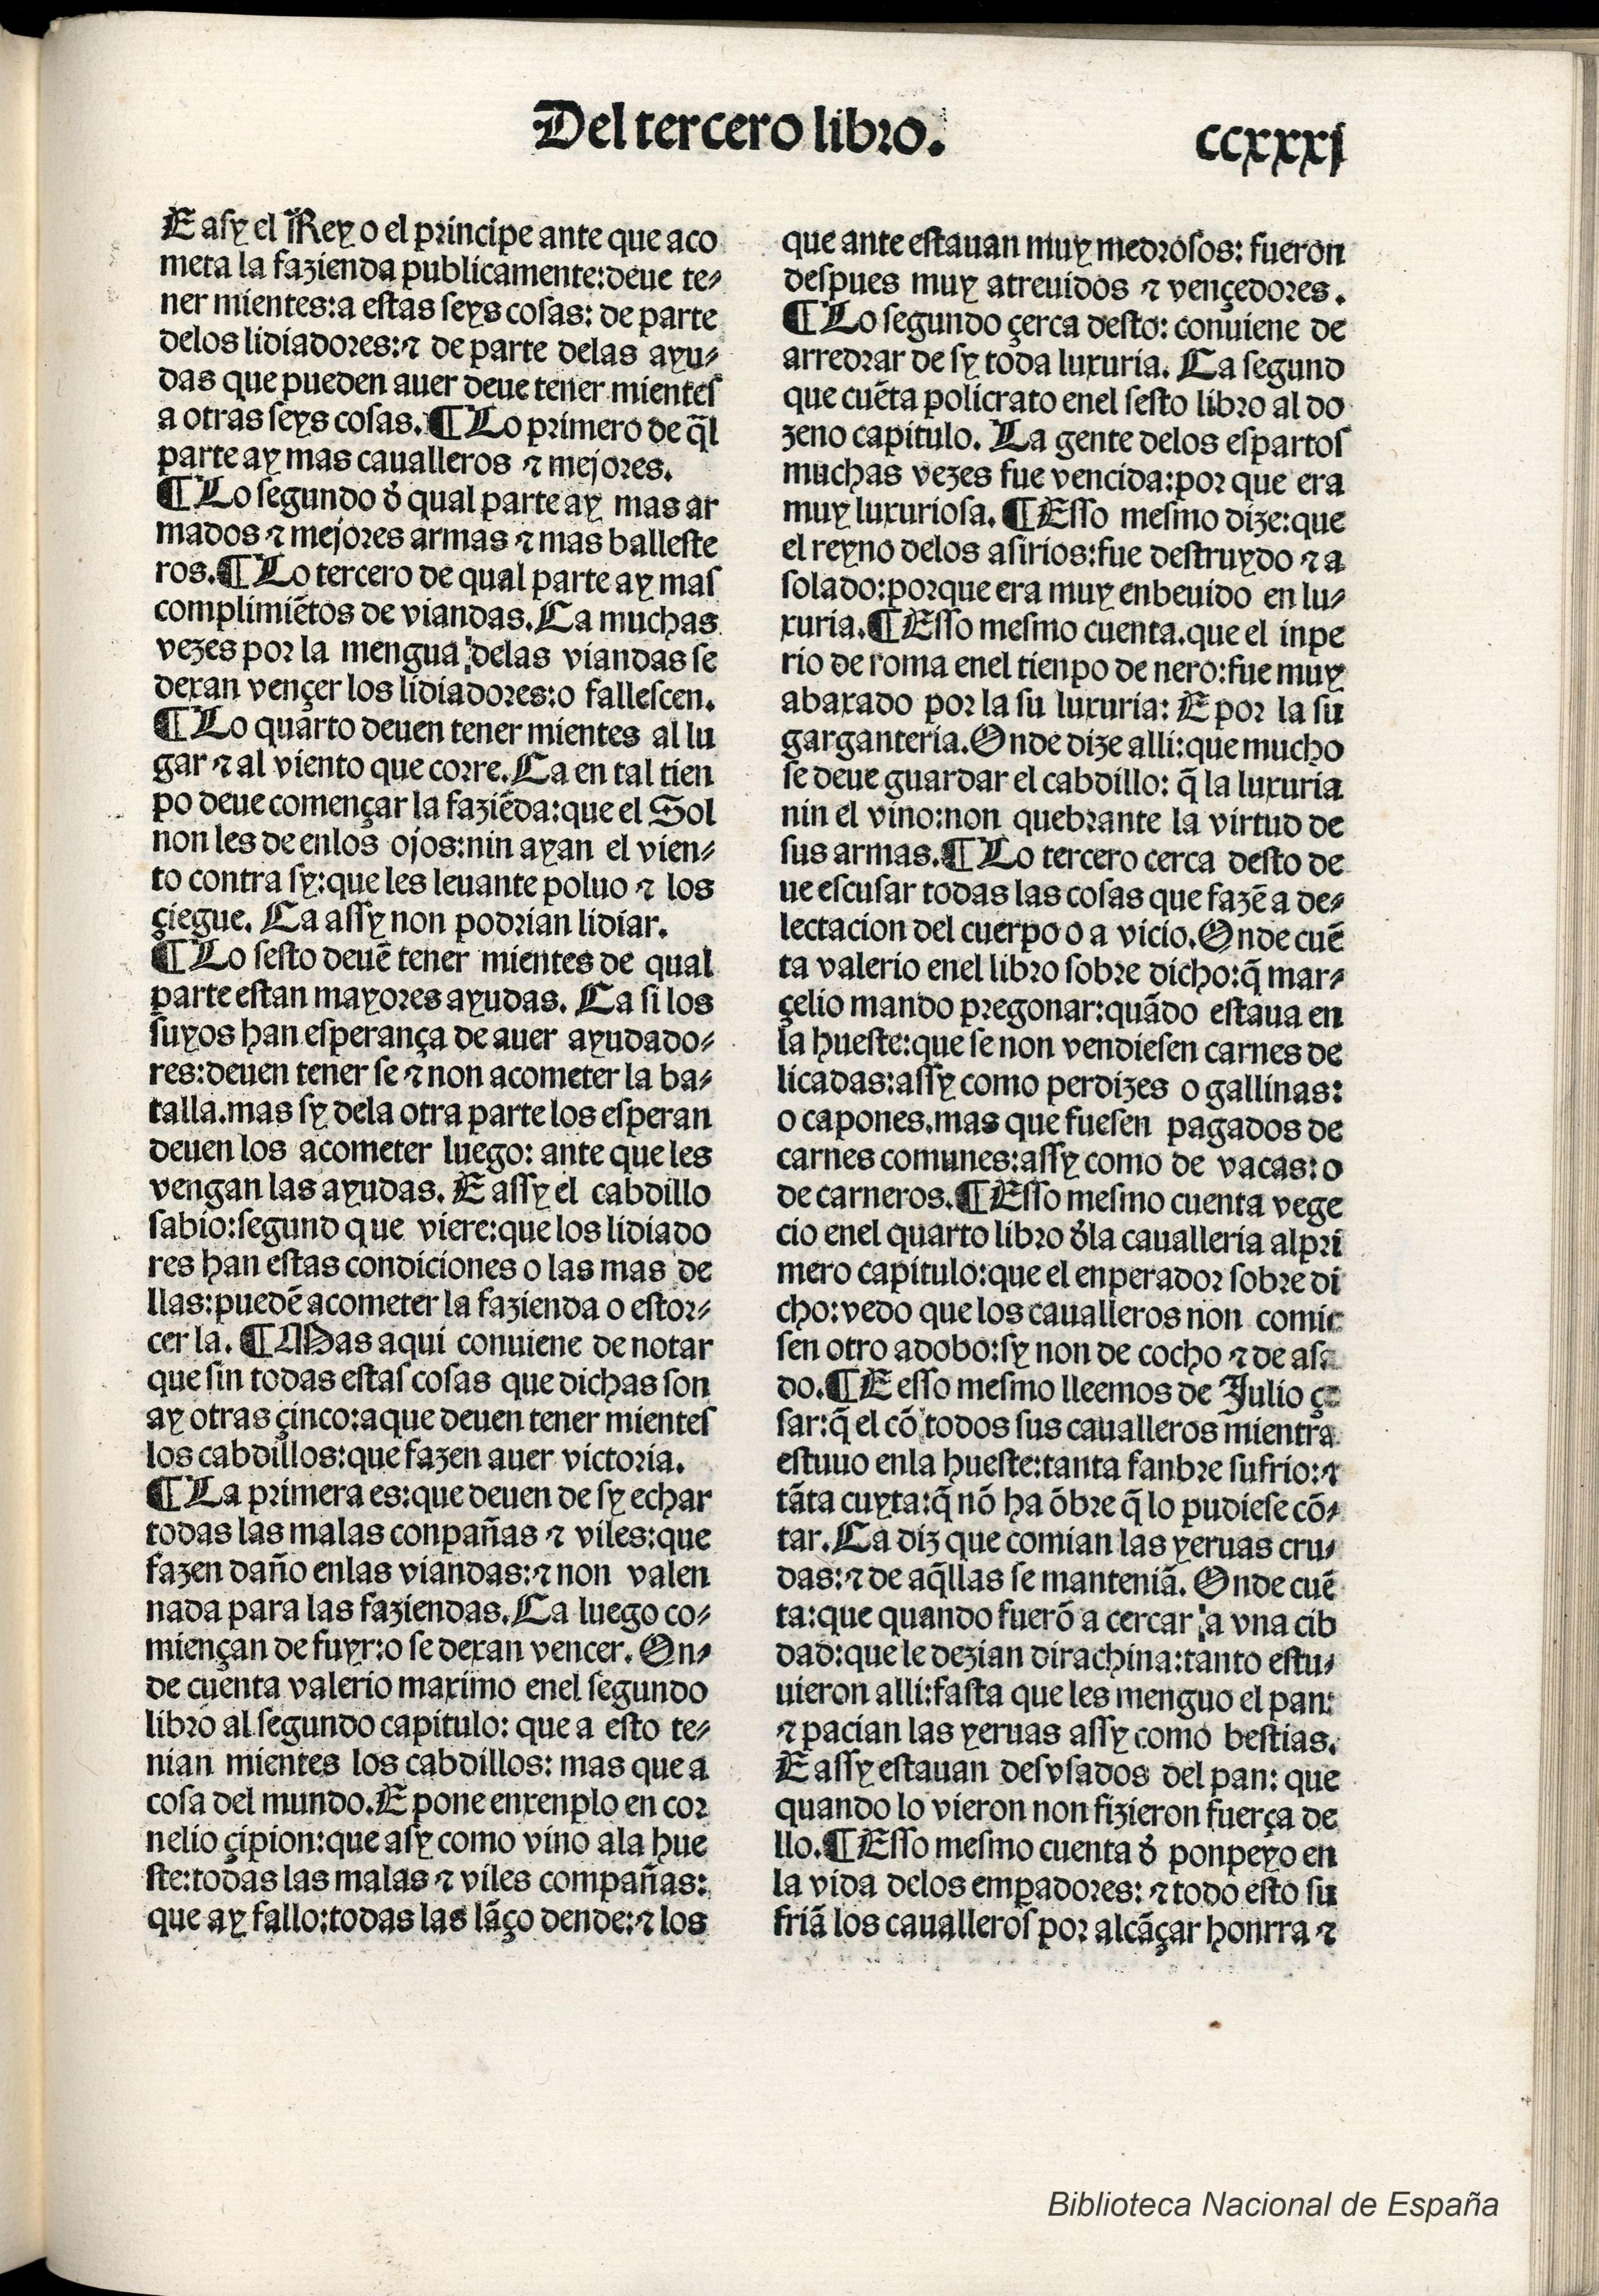
Shelfmark: Madrid, BNE, Inc. 901
Century: 15